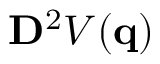
\ensuremath { \mathbf { D } } ^ { 2 } V ( \ensuremath { \mathbf { q } } )